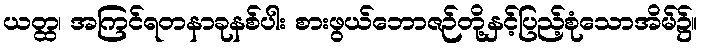
ယတ္ထ၊ အကြင်ရတနာခုနစ်ပါး စားဖွယ်ဘောဇဉ်တို့နှင့်ပြည့်စုံသောအိမ်၌။